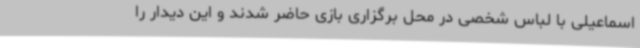
اسماعیلی با لباس شخصی در محل برگزاری بازی حاضر شدند و این دیدار را